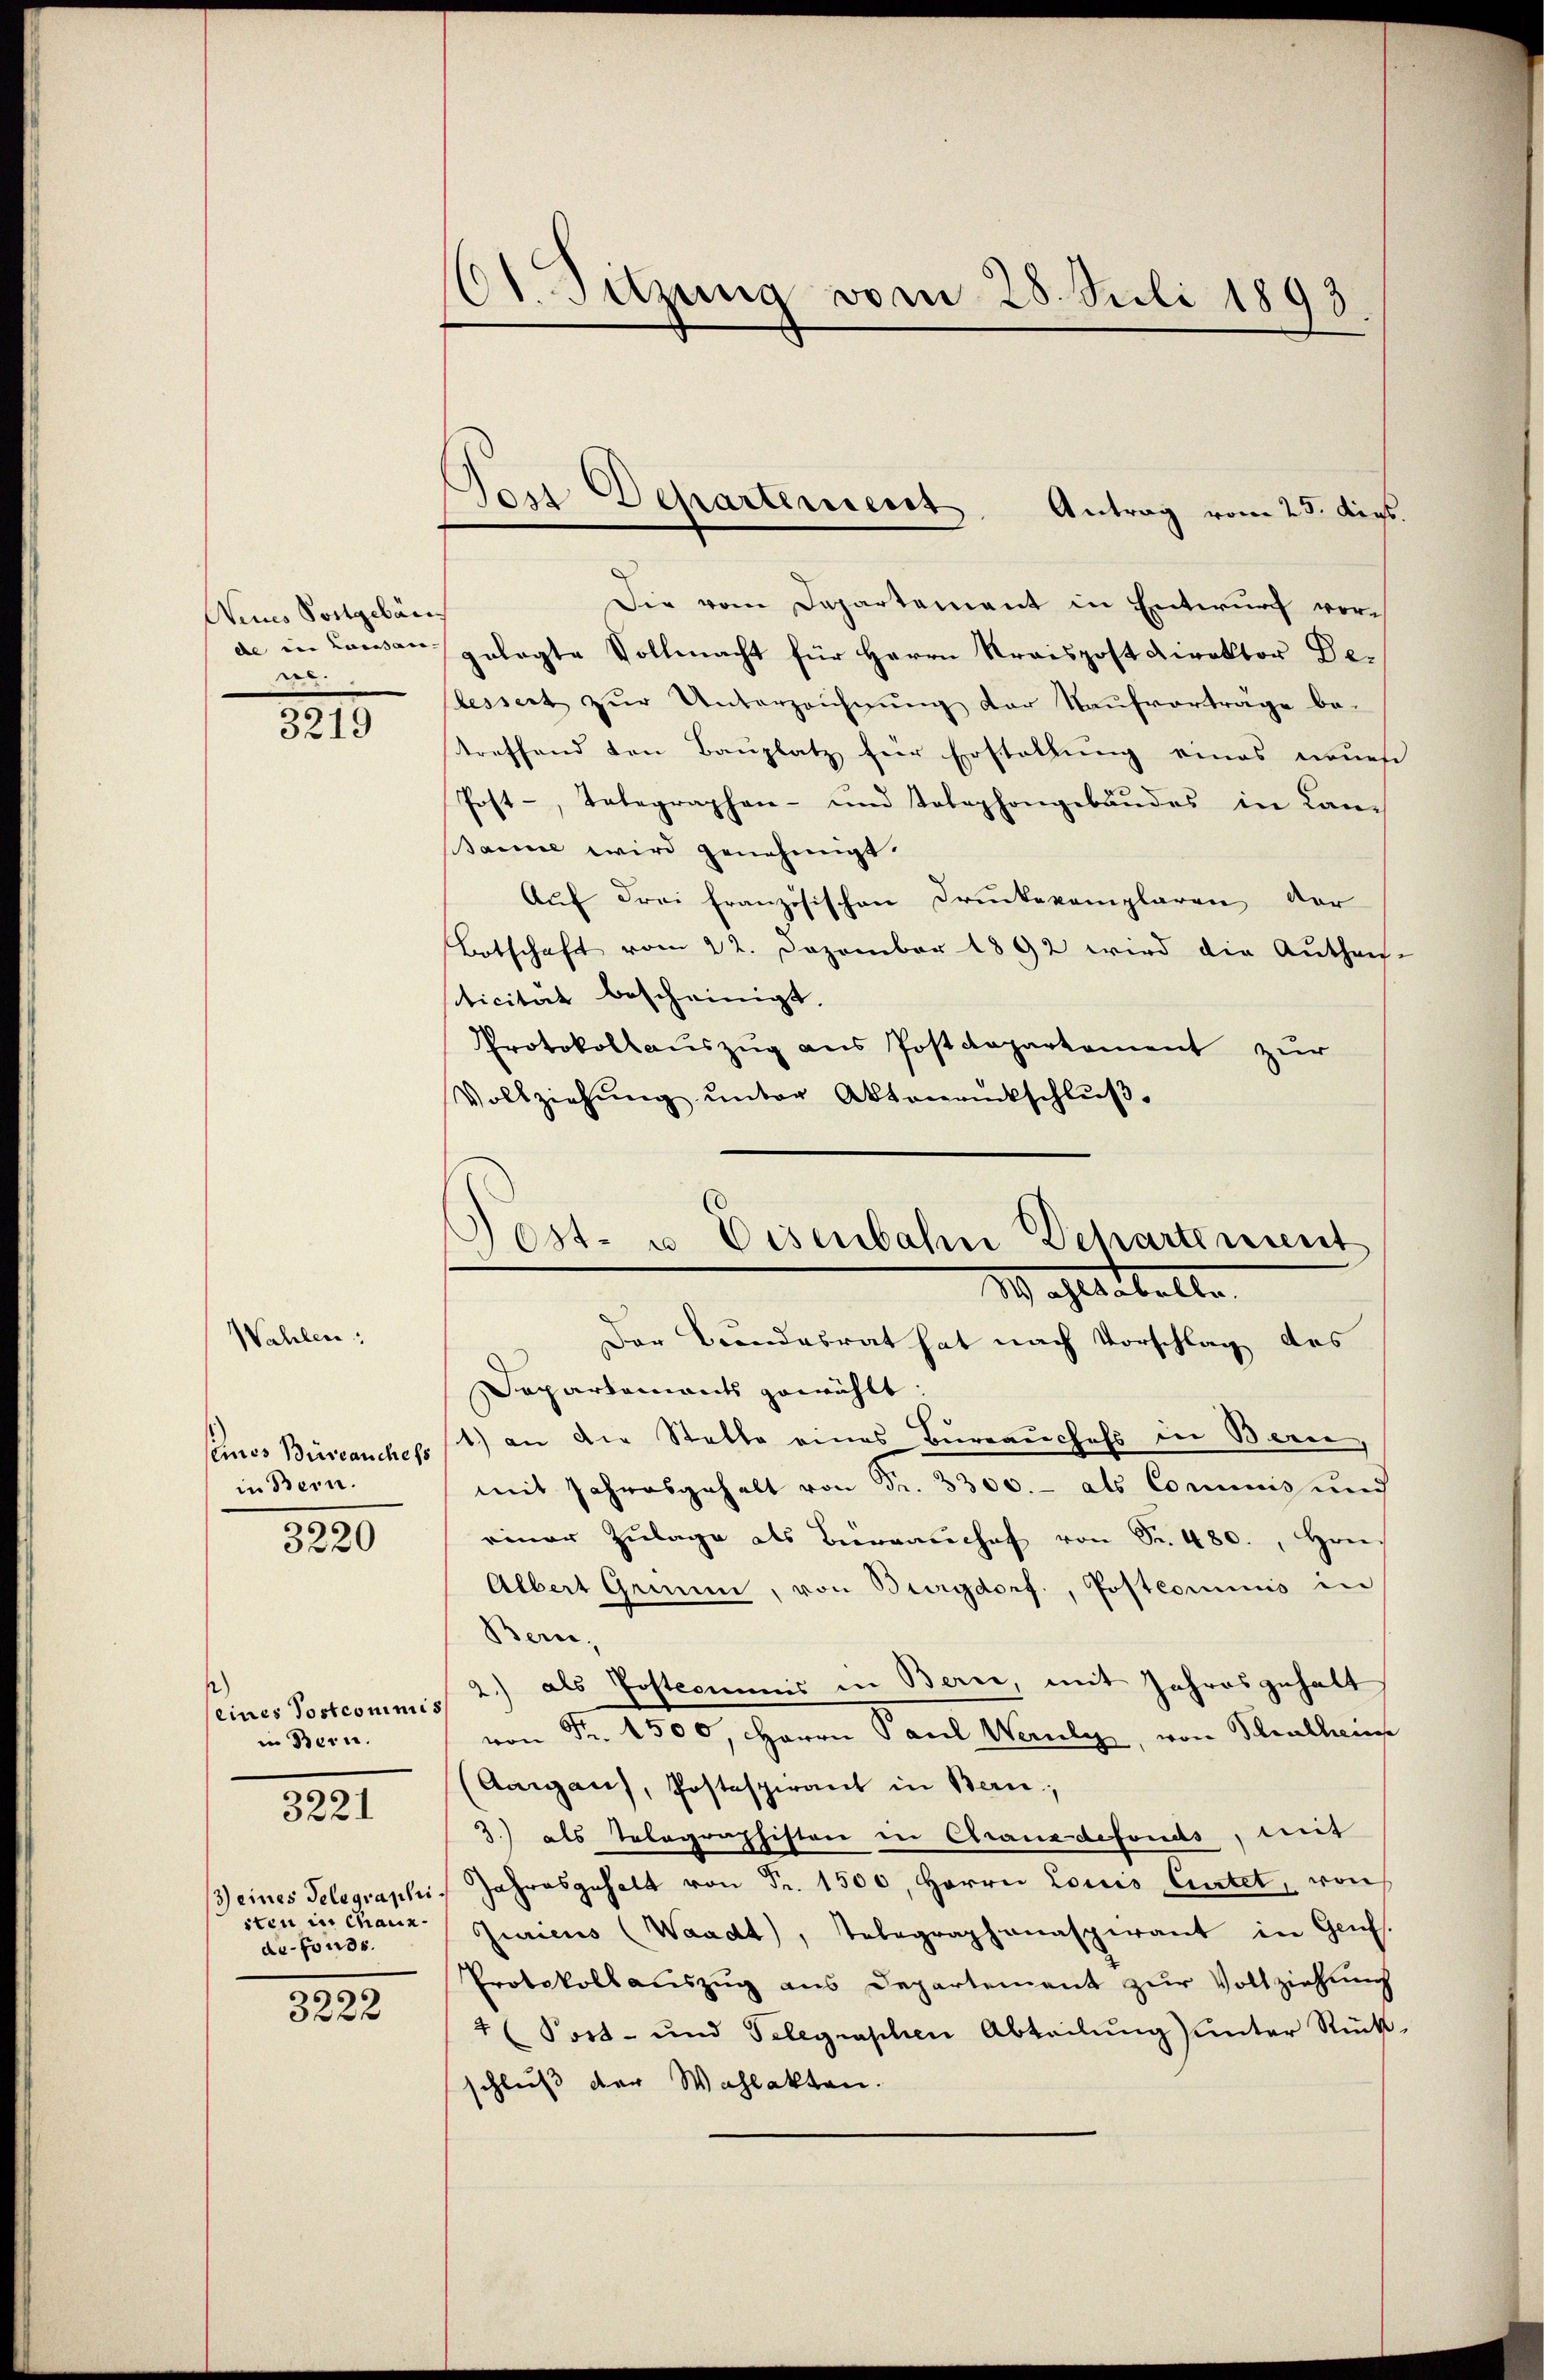
Nenes Postgebäu
de in Lausan
ne.

Wahlen:

3219

seines Büreauchels
in Bern.
3220

(eines Postcommis
in Bern.
3221

3) eines Telegraphisten in Chaux-
de-Fonds.
29.
0

Ot. Sitzung vom 28. Juli 1893

Das Departement. Antrag vom 25. ders.

Die vom Departement in Entwurf vorgelegte Vollmacht für Herrn Kraispost Direktor Delessert zŭr Unterzeichnŭng der Kaŭfverträge be-
treffend den Bauplatz für Erstellung eines neues
Post-, Telegraphen- und Telephongebäudes in Lan-
same wird genehmigt.
Auf drei Französischen Druckkomplaren der
Botschaft vom 22. Dezember 1892 wird die Aŭthei-
sticität bescheinigt.
Protokollauszug aus Postdepartement zur
Vollziehŭng ŭnter Aktenantschlŭβ
Der Bundesrat hat nach Vorschlag des
Separtements gewählt:
1) an die Stelle eines Bureauchefs in Bern,
mit Jahresgehalt von Fr. 3300.- als Commnis und
einer Zŭlage als Büreaŭchef von Sr. 480., Hrn.
Albert Grien, von Burgdorf, Postcommis in
Bern,
2.) als Postcommis in Bern, mit Jahresgehalt
von Fr. 1500, HHerrn Paul Wernli, von Schulhaus
(Aargau, Postespirant in Bern,
3.) als Telegraphistore in Granz defonds, mit
Jahresgehalt von Fr. 1500, Herrn Louis Cartet, von
Juricus (Waadt, Telegraphanaspirant in Genf.
Protokollauszug aus Departement zur Vollziehung
4 (Fort- und Gelegraphen Abteilŭng ŭnter Rück-
schluß der Wahlakten.

Jost- u. Eisenbahn Departement
e
11 altestelle.